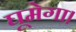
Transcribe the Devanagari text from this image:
घूमेगा।